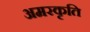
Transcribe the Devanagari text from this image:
अमरकृति